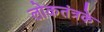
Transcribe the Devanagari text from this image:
लोकतंत्रके